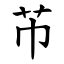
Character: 芇